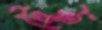
ট্রেক